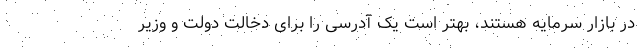
در بازار سرمایه هستند، بهتر است یک آدرسی را برای دخالت دولت و وزیر